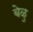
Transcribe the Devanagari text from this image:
बेळु